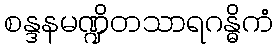
စန္ဒနမဏ္ဍိတသာရဂန္ဓိကံ